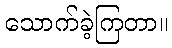
သောက်ခဲ့ကြတာ။